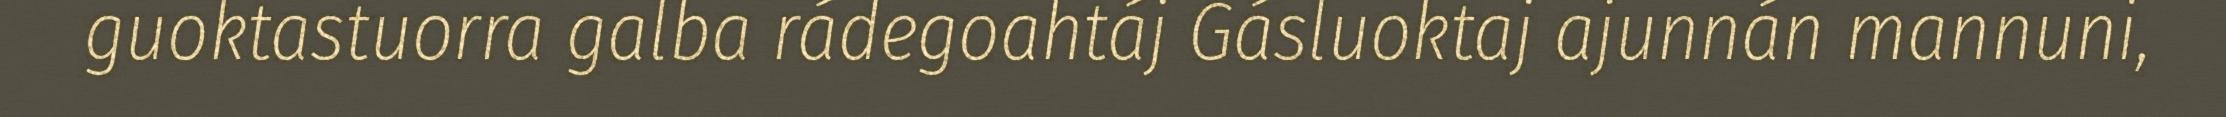
guoktastuorra galba rádegoahtáj Gásluoktaj ajunnán mannuni,